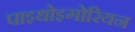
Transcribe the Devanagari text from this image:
पाइथोइगोरियन